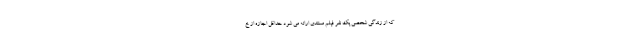
که از زندگی شخصی یک نفر فیلم مستندی ارائه می شود حداقل اجازه از خ